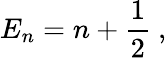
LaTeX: E_{n}=n+{\frac{1}{2}}~,